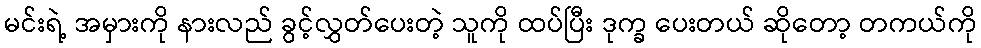
မင်းရဲ့ အမှားကို နားလည် ခွင့်လွှတ်ပေးတဲ့ သူကို ထပ်ပြီး ဒုက္ခ ပေးတယ် ဆိုတော့ တကယ်ကို